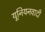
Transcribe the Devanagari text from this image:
यूनियनवादी